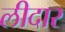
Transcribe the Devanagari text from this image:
लीदार